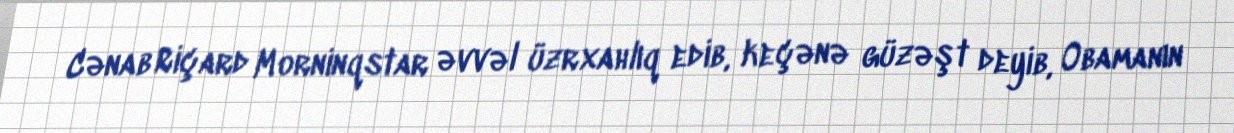
Cənab Riçard Morninqstar əvvəl üzrxahlıq edib, keçənə güzəşt deyib, Obamanın